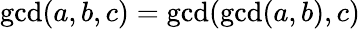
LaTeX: \operatorname*{gcd}(a,b,c)=\operatorname*{gcd}(\operatorname*{gcd}(a,b),c)